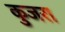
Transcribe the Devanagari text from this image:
कुजरा